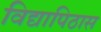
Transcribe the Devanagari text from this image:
विद्यापिठास